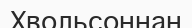
Хвольсоннан